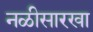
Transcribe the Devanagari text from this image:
नळीसारखा